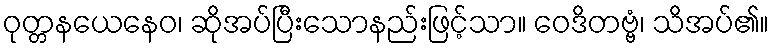
ဝုတ္တနယေနေဝ၊ ဆိုအပ်ပြီးသောနည်းဖြင့်သာ။ ဝေဒိတဗ္ဗံ၊ သိအပ်၏။